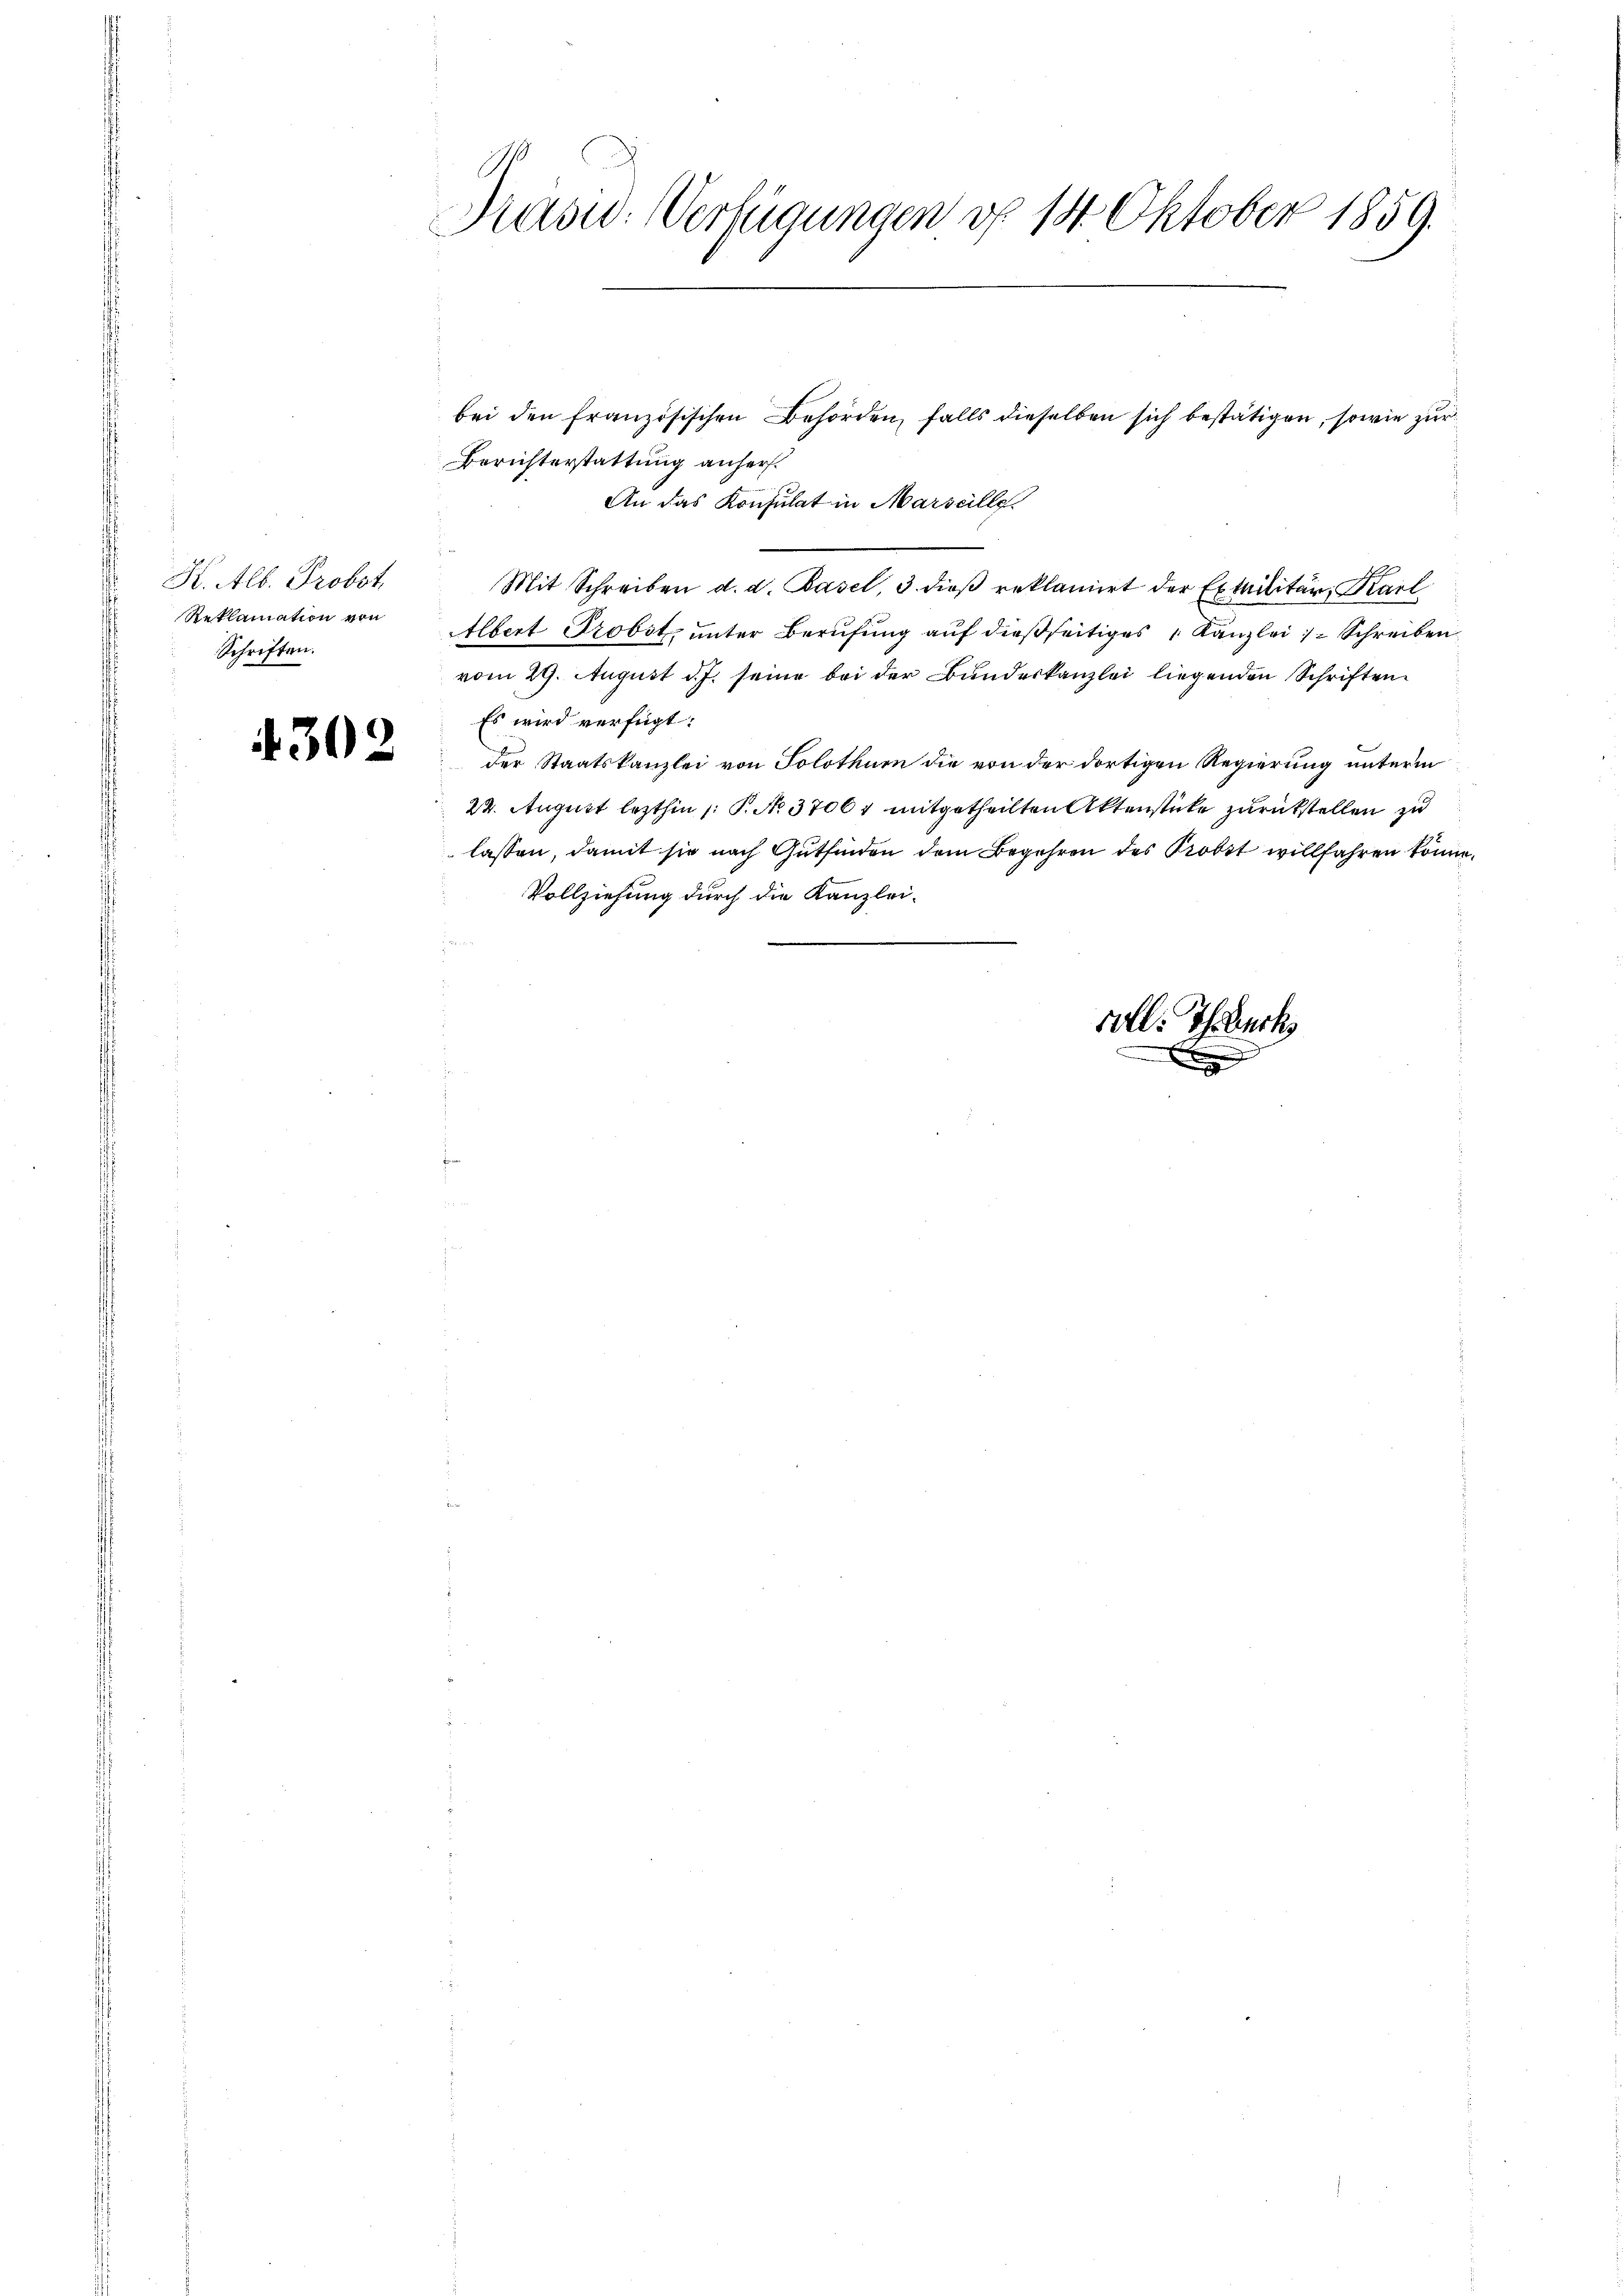
Kt. Alb. Probot.
Reklamation von
Schriften.

4302

Präsid. Verfügungen d. 14. Oktober 1859.

An das Konsulat in Marseille.
Mit Schreiben d. d. Basel, 3. dieß reklamirt der Exilitär, Karl
Albert Probst, unter Berufung auf dießseitiges 1 Kanzlei   Schreiben
vom 29. August d. J. seine bei der Bundeskanzlei liegenden Schriften¬
Es wird verfügt:
der Staatskanzlei von Solothurn die von der dortigen Regierung unterm
22. August lezthin /: P. No 37061 mitgetheilten Aktenstücke zurückstellen zu
lassen, damit sie nach Gutfinden dem Begehren des Probst willfahren könne.
Vollziehung durch die Kanzleivoll. Eheleuch

bei den französischen Behörden, falls dieselben sich bestätigen, sowie zur
Berichterstattung anhers.